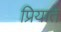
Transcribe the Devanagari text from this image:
प्रियाते